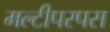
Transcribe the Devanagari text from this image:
मल्टीपरपस